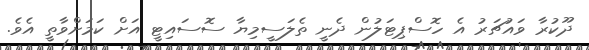
ދޫކުރާ ވައުޗަރު އެ ހޮސްޕިޓަލުން ދެނީ ތެލަސީމިޔާ ސޮސައިޓީ އަށް ކަމަށްވާތީ އެވެ.